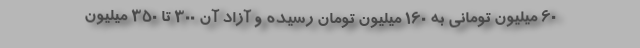
۶۰ میلیون تومانی به ۱۶۰ میلیون تومان رسیده و آزاد آن ۳۰۰ تا ۳۵۰ میلیون